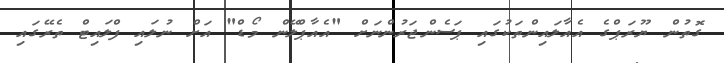
ގޮތުން ޔޫރަޕްގެ އެއާލައިންތަކުގައި ޕަސެންޖަރުންނަށް "އެއާޕްލޭން މޯޑް" އަށް ނުލައި ފްލައިޓް ތެރޭގައި